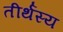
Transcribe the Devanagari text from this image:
तीर्थस्य